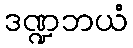
ဒဏ္ဍဘယံ